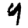
Digit: 4